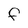
Character: F